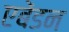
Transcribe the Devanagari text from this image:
एबेंडन